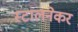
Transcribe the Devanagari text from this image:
स्टालनेकर